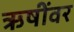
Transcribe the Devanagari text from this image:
ऋषींवर